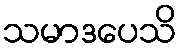
သမာဒပေသိ